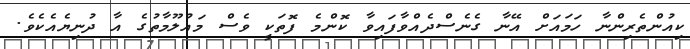
ކިއުންތެރިންނާ ހަމައަށް އޭނާ ގެނެސްދެއްވާފައިވާ ކޮންމެ ފޮތަކީ ވެސް މައުލޫމާތުގެ އާ ދުނިޔެއެކެވެ.